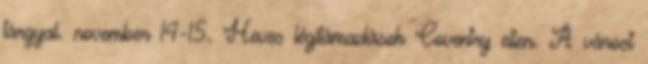
tárgyal. november 14-15. Heves légitámadások Coventry ellen. A várost